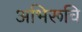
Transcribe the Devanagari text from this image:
अभिरूचि